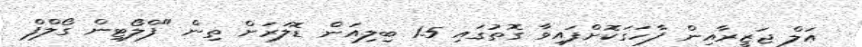
އަލް ޖަޒީރާއިން ފާހަގަކޮށްފައިވާ ގޮތުގައި 1.5 ބިލިއަން ޑޮލަރަށް ތިން "ފްލޯޓިން ގޯލްފް